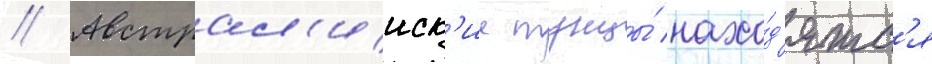
// Австрал'ииск'ие тунцы́ нахо́д'ятс'я